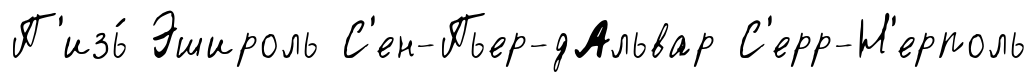
П'изь́ Эшироль С'ен-Пьер-дАльвар С'ерр-Н'ерполь